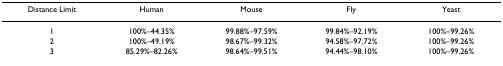
| Distance Limit | Human | Mouse | Fly | Yeast |
 | --- | --- | --- | --- | --- |
 | 1 | 100%–44.35% | 99.88%–97.59% | 99.84%–92.19% | 100%–99.26% |
 | 2 | 100%–49.19% | 98.67%–99.32% | 94.58%–97.72% | 100%–99.26% |
 | 3 | 85.29%–82.26% | 98.64%–99.51% | 94.44%–98.10% | 100%–99.26% |